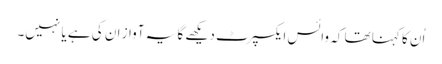
اُن کا کہنا تھا کہ وائس ایکسپرٹ دیکھے گا یہ آواز ان کی ہے یا نہیں۔